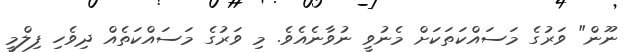
ނޫން" ވަރުގެ މަސައްކަތަކަށް މެނުވީ ނުވާނެއެވެ. މި ވަރުގެ މަސައްކަތެއް ދިވެހި ފިލްމީ